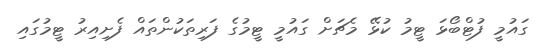
ގައުމީ ފުޓްބޯޅަ ޓީމު ކުޅޭ މެޗަށް ގައުމީ ޓީމުގެ ފަރިތަކުންތައް ފެށިއިރު ޓީމުގައި